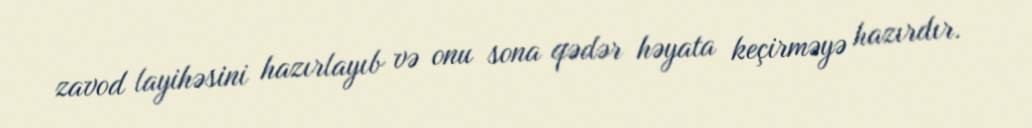
zavod layihəsini hazırlayıb və onu sona qədər həyata keçirməyə hazırdır.